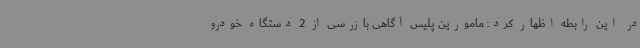
در این رابطه اظهار کرد: مامورین پلیس آگاهی بازرسی از 2 دستگاه خودرو